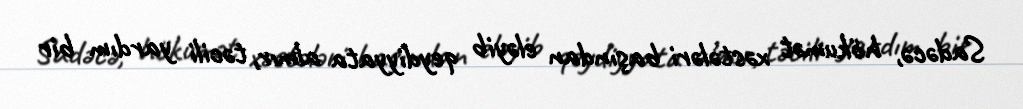
Sadəcə, hökumət xəstələri başından eləyib qeydiyyata almır, təcili yardım bir